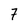
Character: 7